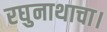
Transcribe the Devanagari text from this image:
रघुनाथाचा।